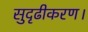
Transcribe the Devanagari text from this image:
सुदृढीकरण।